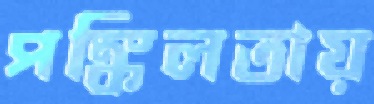
পঙ্কিলতায়